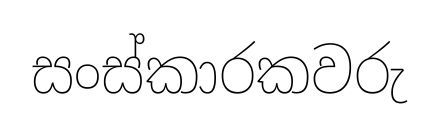
සංස්කාරකවරු